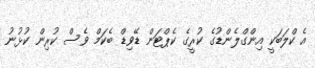
އެ ކްލަބަކީ އިންގްލެންޑުގެ ކުރީގެ ކެޕްޓަން ޑޭވިޑް ބެކަމް ވެސް ކުރިން ކުޅުނު